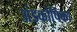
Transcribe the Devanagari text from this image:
अंडकोषिका